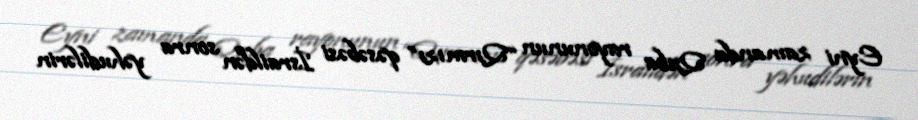
Eyni zamanda Quba rayonunun “Qırmızı” qəsəbəsi İsraildən sonra yəhudilərin